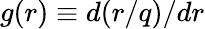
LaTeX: g(r)\equiv d(r/q)/dr